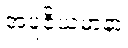
အပူဇိယမာနာ